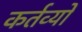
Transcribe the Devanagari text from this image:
कर्तव्‍यों